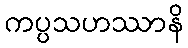
ကပ္ပသဟဿာနိ